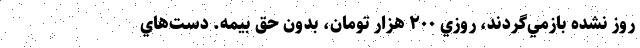
روز نشده بازمي‌گردند، روزي ۲۰۰ هزار تومان، بدون حق بيمه. دست‌هاي